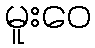
မူးဝေ